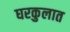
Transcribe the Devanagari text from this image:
घरकुलात